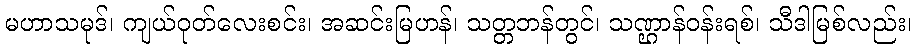
မဟာသမုဒ်၊ ကျယ်ဝုတ်လေးစင်း၊ အဆင်းမြဟန်၊ သတ္တဘန်တွင်၊ သဏ္ဌာန်ဝန်းရစ်၊ သီဒါမြစ်လည်း၊